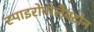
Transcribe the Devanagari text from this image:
स्पाइरोनोलैक्टोन